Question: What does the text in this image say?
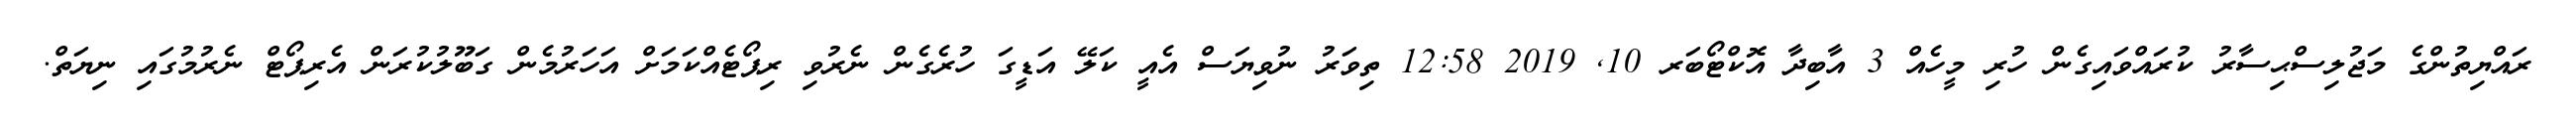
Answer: ރައްޔިތުންގެ މަޖުލިސްޙިސާރު ކުރައްވައިގެން ހުރި މީހެއް 3 އާބިދާ އޮކްޓޯބަރ 10, 2019 12:58 ތިވަރު ނުވިޔަސް އެއީ ކަލޭ އަޑީގަ ހުރެގެން ނެރުވި ރިޕޯޓެއްކަމަށް އަހަރުމެން ގަބޫލުކުރަން އެރިޕޯޓް ނެރުމުގައި ނިޔަތް.